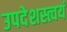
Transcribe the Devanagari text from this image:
उपदेशस्त्वयं